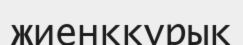
жиенққұрық